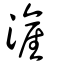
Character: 滻